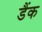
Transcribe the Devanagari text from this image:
डैंक